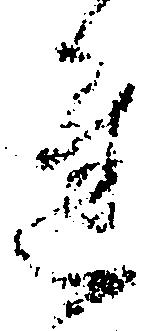
達